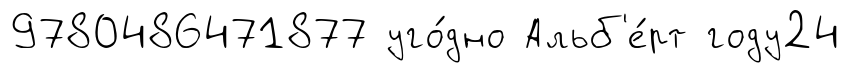
9780486471877 уго́дно Альб'е́рт году24